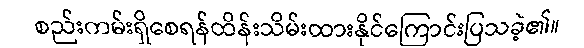
စည်းကမ်းရှိစေရန်ထိန်းသိမ်းထားနိုင်ကြောင်းပြသခဲ့၏။